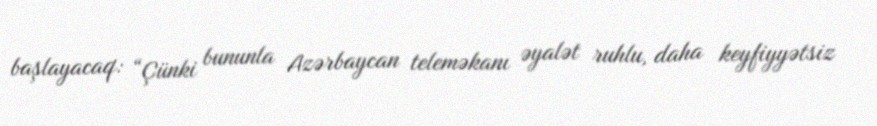
başlayacaq: “Çünki bununla Azərbaycan teleməkanı əyalət ruhlu, daha keyfiyyətsiz